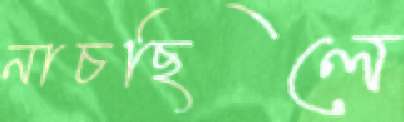
নাচছিলে